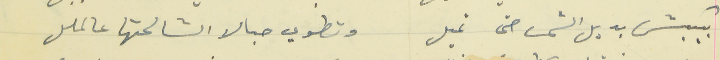
بيكبش بديل الشمس حتى تميل                                  وتطوي حبالا الشالحتها عالملل